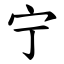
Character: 宁